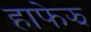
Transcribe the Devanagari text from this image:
हाफेझ